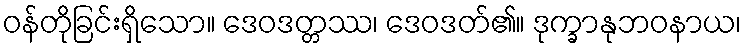
ဝန်တိုခြင်းရှိသော။ ဒေဝဒတ္တဿ၊ ဒေဝဒတ်၏။ ဒုက္ခာနုဘဝနာယ၊